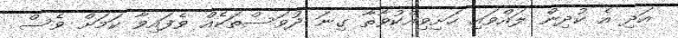
އަދި އެ ކުދިން ލައްވައި ހަށިވިއްކުވާތާ ގިނަ ދުވަސްތަކެއް ވެފައިވާ ކަމަށް ވެސް